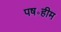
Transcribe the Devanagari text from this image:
पष॰हीम